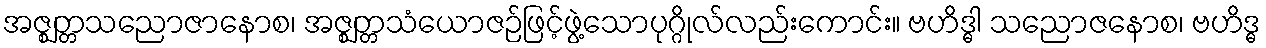
အဇ္ဈတ္တသညောဇာနောစ၊ အဇ္ဈတ္တသံယောဇဉ်ဖြင့်ဖွဲ့သောပုဂ္ဂိုလ်လည်းကောင်း။ ဗဟိဒ္ဓါ သညောဇနောစ၊ ဗဟိဒ္ဓ